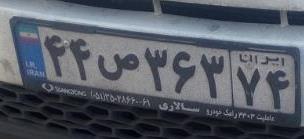
۴۴ص۳۶۳۷۴